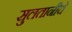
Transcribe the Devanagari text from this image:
सुलतानीचे